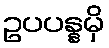
ဥပပန္နမှိ